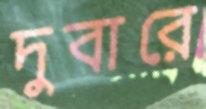
দুবারে